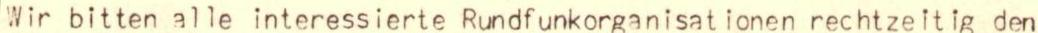
Wir bitten alle interessierte Rundfunkorganisationen rechtzeitig den